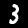
Digit: 3